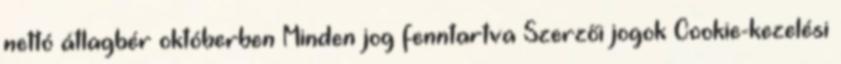
nettó átlagbér októberben Minden jog fenntartva Szerzői jogok Cookie-kezelési